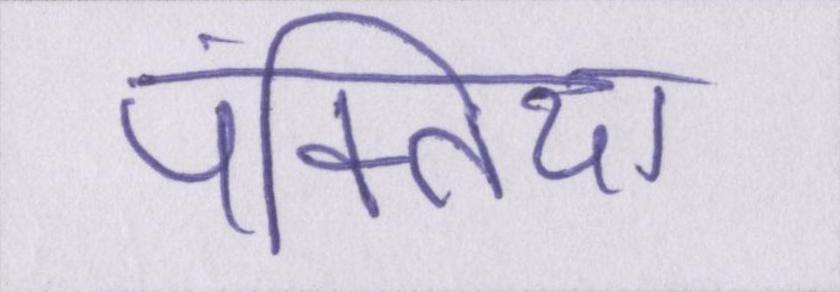
पंक्तियां